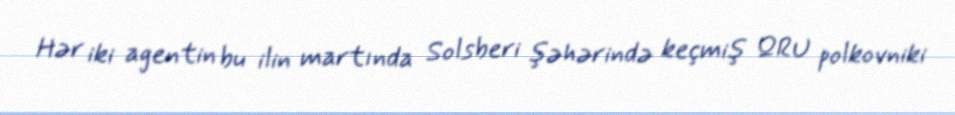
Hər iki agentin bu ilin martında Solsberi şəhərində keçmiş QRU polkovniki